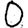
Digit: 0